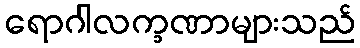
ရောဂါလက္ခဏာများသည်